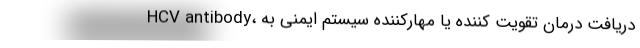
HCV antibody، دریافت درمان تقویت کننده یا مهارکننده سیستم ایمنی به